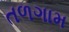
તળગામ